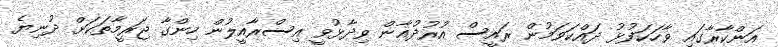
އަންކާރާގައި ވާހަކަފުޅު ދައްކަވަމުން ރައީސް އުރުދުޣާން ވިދާޅުވީ އިސްރާއީލުން ހިންގާ ޖަރީމާތަކަށް ދުނިޔެ